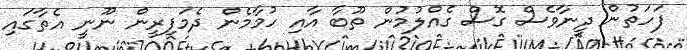
ފަހަތުން ދީނާވެސް ގޮސް ގެއްލުމުން ތޫބާ އާއި ހުމާމެން ދެމަފިރީން ނޫނީ އެތާގައި